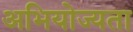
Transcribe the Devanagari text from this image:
अभियोज्यता